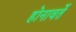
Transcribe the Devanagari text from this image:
होनावर्ते